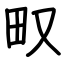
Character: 𤰖